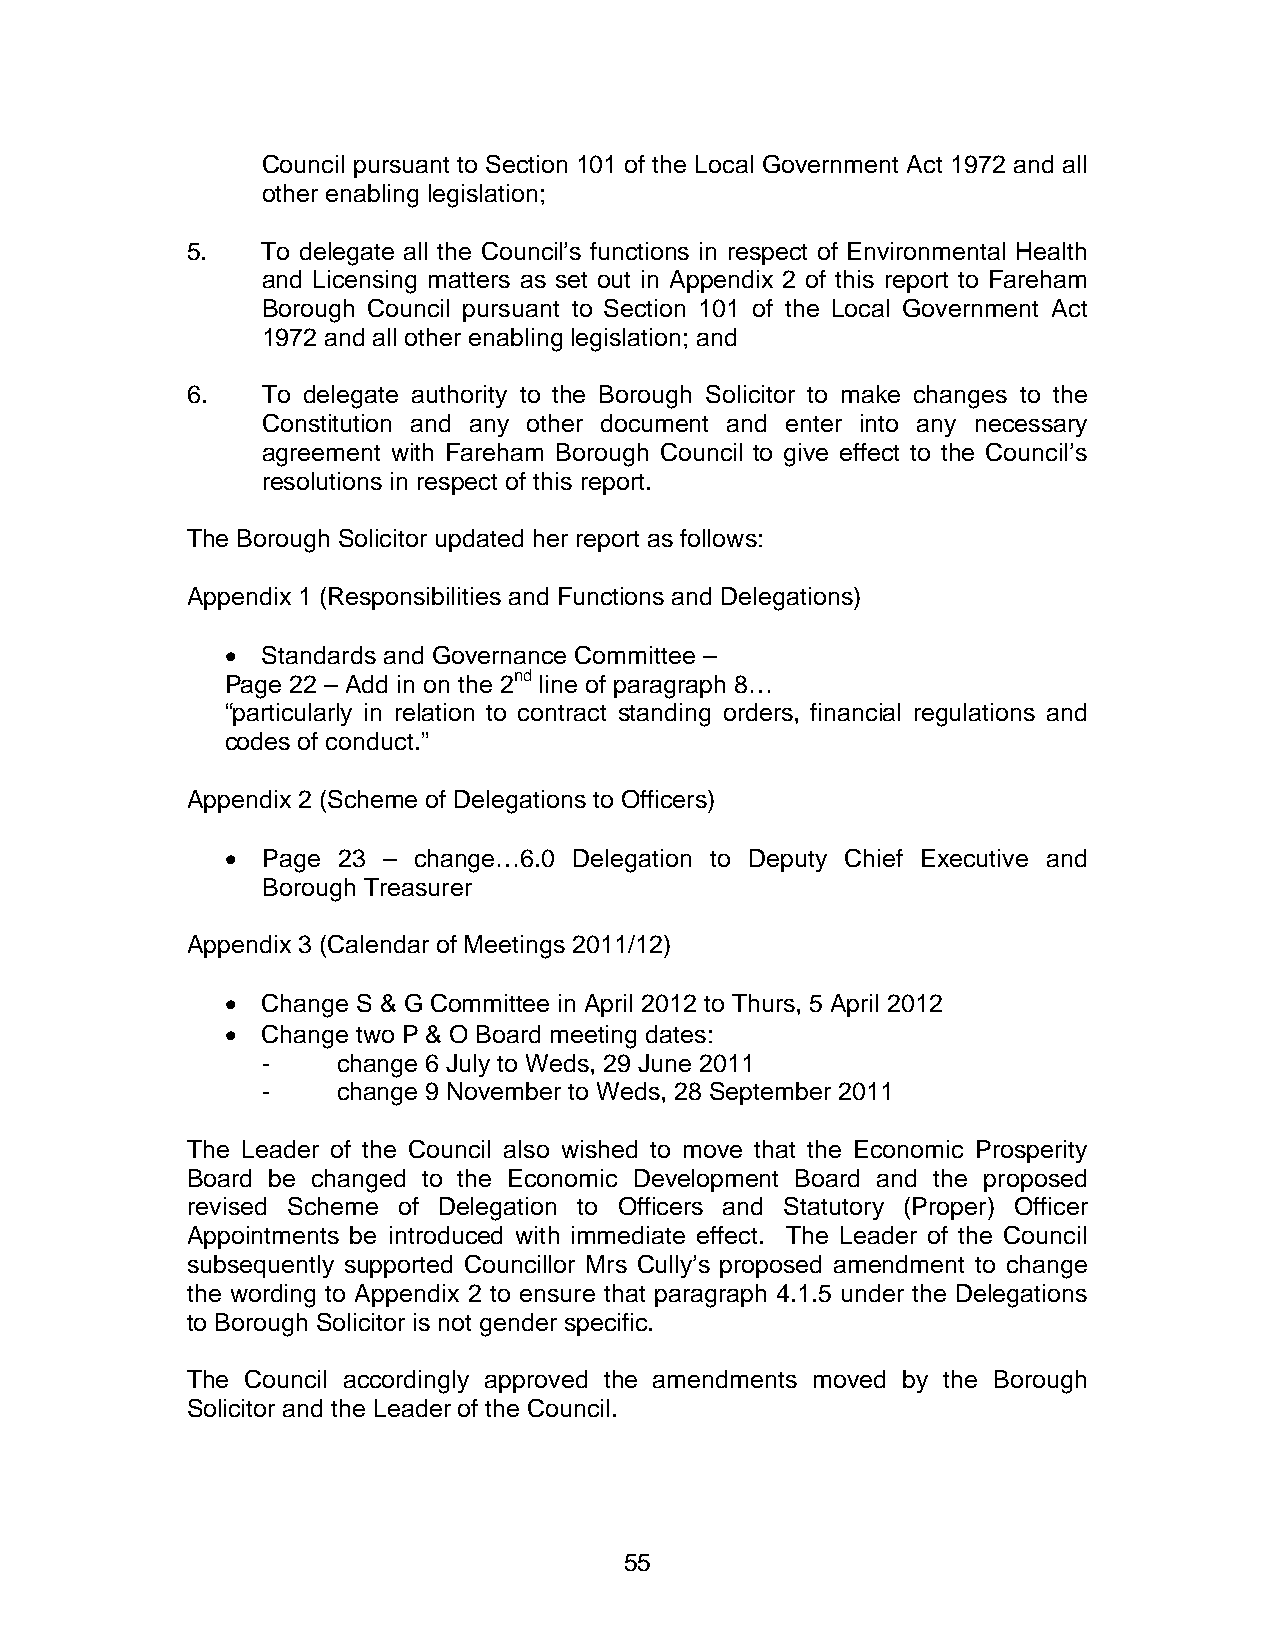
Council pursuant to Section 101 of the Local Government Act 1972 and all
 other enabling legislation;
 5.   To delegate all the Council’s functions in respect of Environmental Health
 and Licensing matters as set out in Appendix 2 of this report to Fareham
 Borough Council pursuant to Section 101 of the Local Government Act
 1972 and all other enabling legislation; and
 6.   To delegate authority to the Borough Solicitor to make changes to the
 Constitution and any other document and enter into any necessary
 agreement with Fareham Borough Council to give effect to the Council’s
 resolutions in respect of this report.
 The Borough Solicitor updated her report as follows:
 Appendix 1 (Responsibilities and Functions and Delegations)
 • Standards and Governance Committee –
 Page 22 – Add in on the 2nd line of paragraph 8…
 “particularly in relation to contract standing orders, financial regulations and
 codes of conduct.”
 Appendix 2 (Scheme of Delegations to Officers)
 • Page 23 – change…6.0 Delegation to Deputy Chief Executive and
 Borough Treasurer
 Appendix 3 (Calendar of Meetings 2011/12)
 • Change S & G Committee in April 2012 to Thurs, 5 April 2012
 • Change two P & O Board meeting dates:
 -    change 6 July to Weds, 29 June 2011
 -    change 9 November to Weds, 28 September 2011
 The Leader of the Council also wished to move that the Economic Prosperity
 Board be changed to the Economic Development Board and the proposed
 revised Scheme of Delegation to Officers and Statutory (Proper) Officer
 Appointments be introduced with immediate effect. The Leader of the Council
 subsequently supported Councillor Mrs Cully’s proposed amendment to change
 the wording to Appendix 2 to ensure that paragraph 4.1.5 under the Delegations
 to Borough Solicitor is not gender specific.
 The Council accordingly approved the amendments moved by the Borough
 Solicitor and the Leader of the Council.
 55